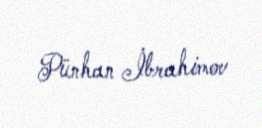
Pünhan İbrahimov